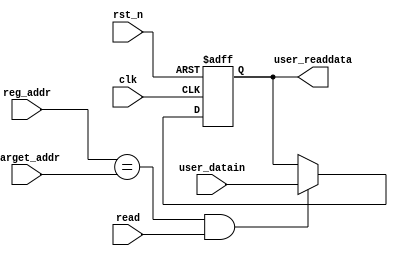
// SPDX-License-Identifier: Apache-2.0
// Copyright (C) 2019 Intel Corporation. 
//****************************************************************************************
// (C) 2012 Altera Corporation. .
//
//****************************************************************************************

//*****************************************************************
// Description:
//
//*****************************************************************
module cfg_dprio_status_reg_nbits 
#(
   parameter DATA_WIDTH      = 16,  // Data width
   parameter ADDR_WIDTH      = 16   // Address width
 )
( 
input  wire                  rst_n,        // reset
input  wire                  clk,          // clock
input  wire                  read,         // read enable input
input  wire [ADDR_WIDTH-1:0] reg_addr,     // address input
input  wire [ADDR_WIDTH-1:0] target_addr,  // hardwired address value
input  wire [DATA_WIDTH-1:0] user_datain,  // status from custom logic

output reg  [DATA_WIDTH-1:0] user_readdata // status register outputs
);

// Registering the status input when reading
always @(negedge rst_n or posedge clk)
  begin
    if(~rst_n)
      begin
        user_readdata <= {DATA_WIDTH{1'b0}};
      end
    else
      begin
	if((reg_addr == target_addr) && (read == 1'b1))
	begin
	  user_readdata <= user_datain;
	end
      end
  end

endmodule